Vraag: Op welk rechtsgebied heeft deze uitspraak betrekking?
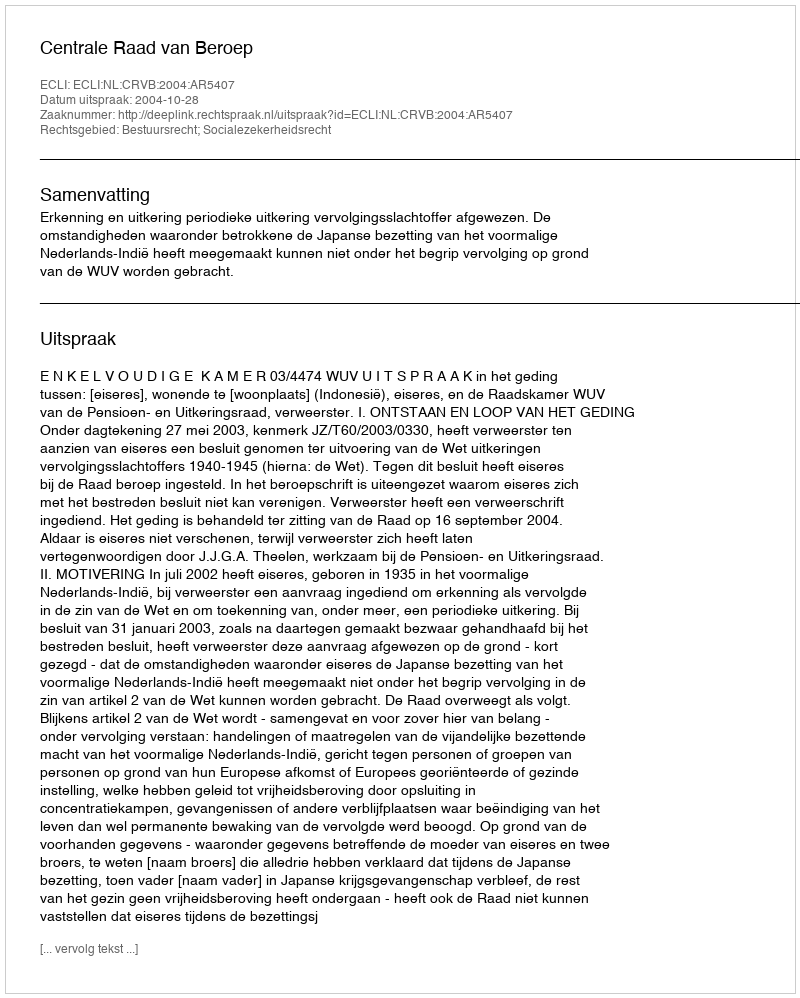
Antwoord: Bestuursrecht; Socialezekerheidsrecht